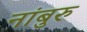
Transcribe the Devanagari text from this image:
नांबुरु